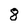
Character: 8